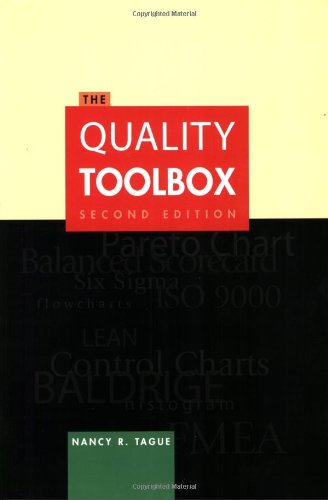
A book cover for Quality Toolbox; Nancy R. Tague; Business & Money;